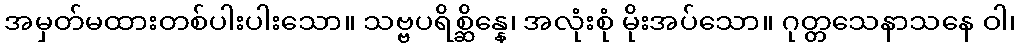
အမှတ်မထားတစ်ပါးပါးသော။ သဗ္ဗပရိစ္ဆိန္နေ၊ အလုံးစုံ မိုးအပ်သော။ ဂုတ္တသေနာသနေ ဝါ၊